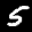
Label: 5